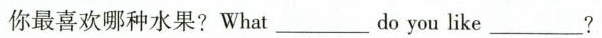
你最喜欢哪种水果?What __do you like__?